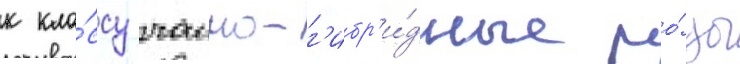
к кла́ссу чаино-г'ибр'и́дные ро́зы